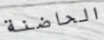
الحاضنة